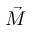
\vec { M }